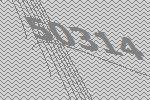
50314